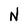
Character: N